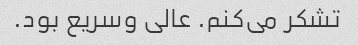
تشکر می‌کنم. عالی وسریع بود.